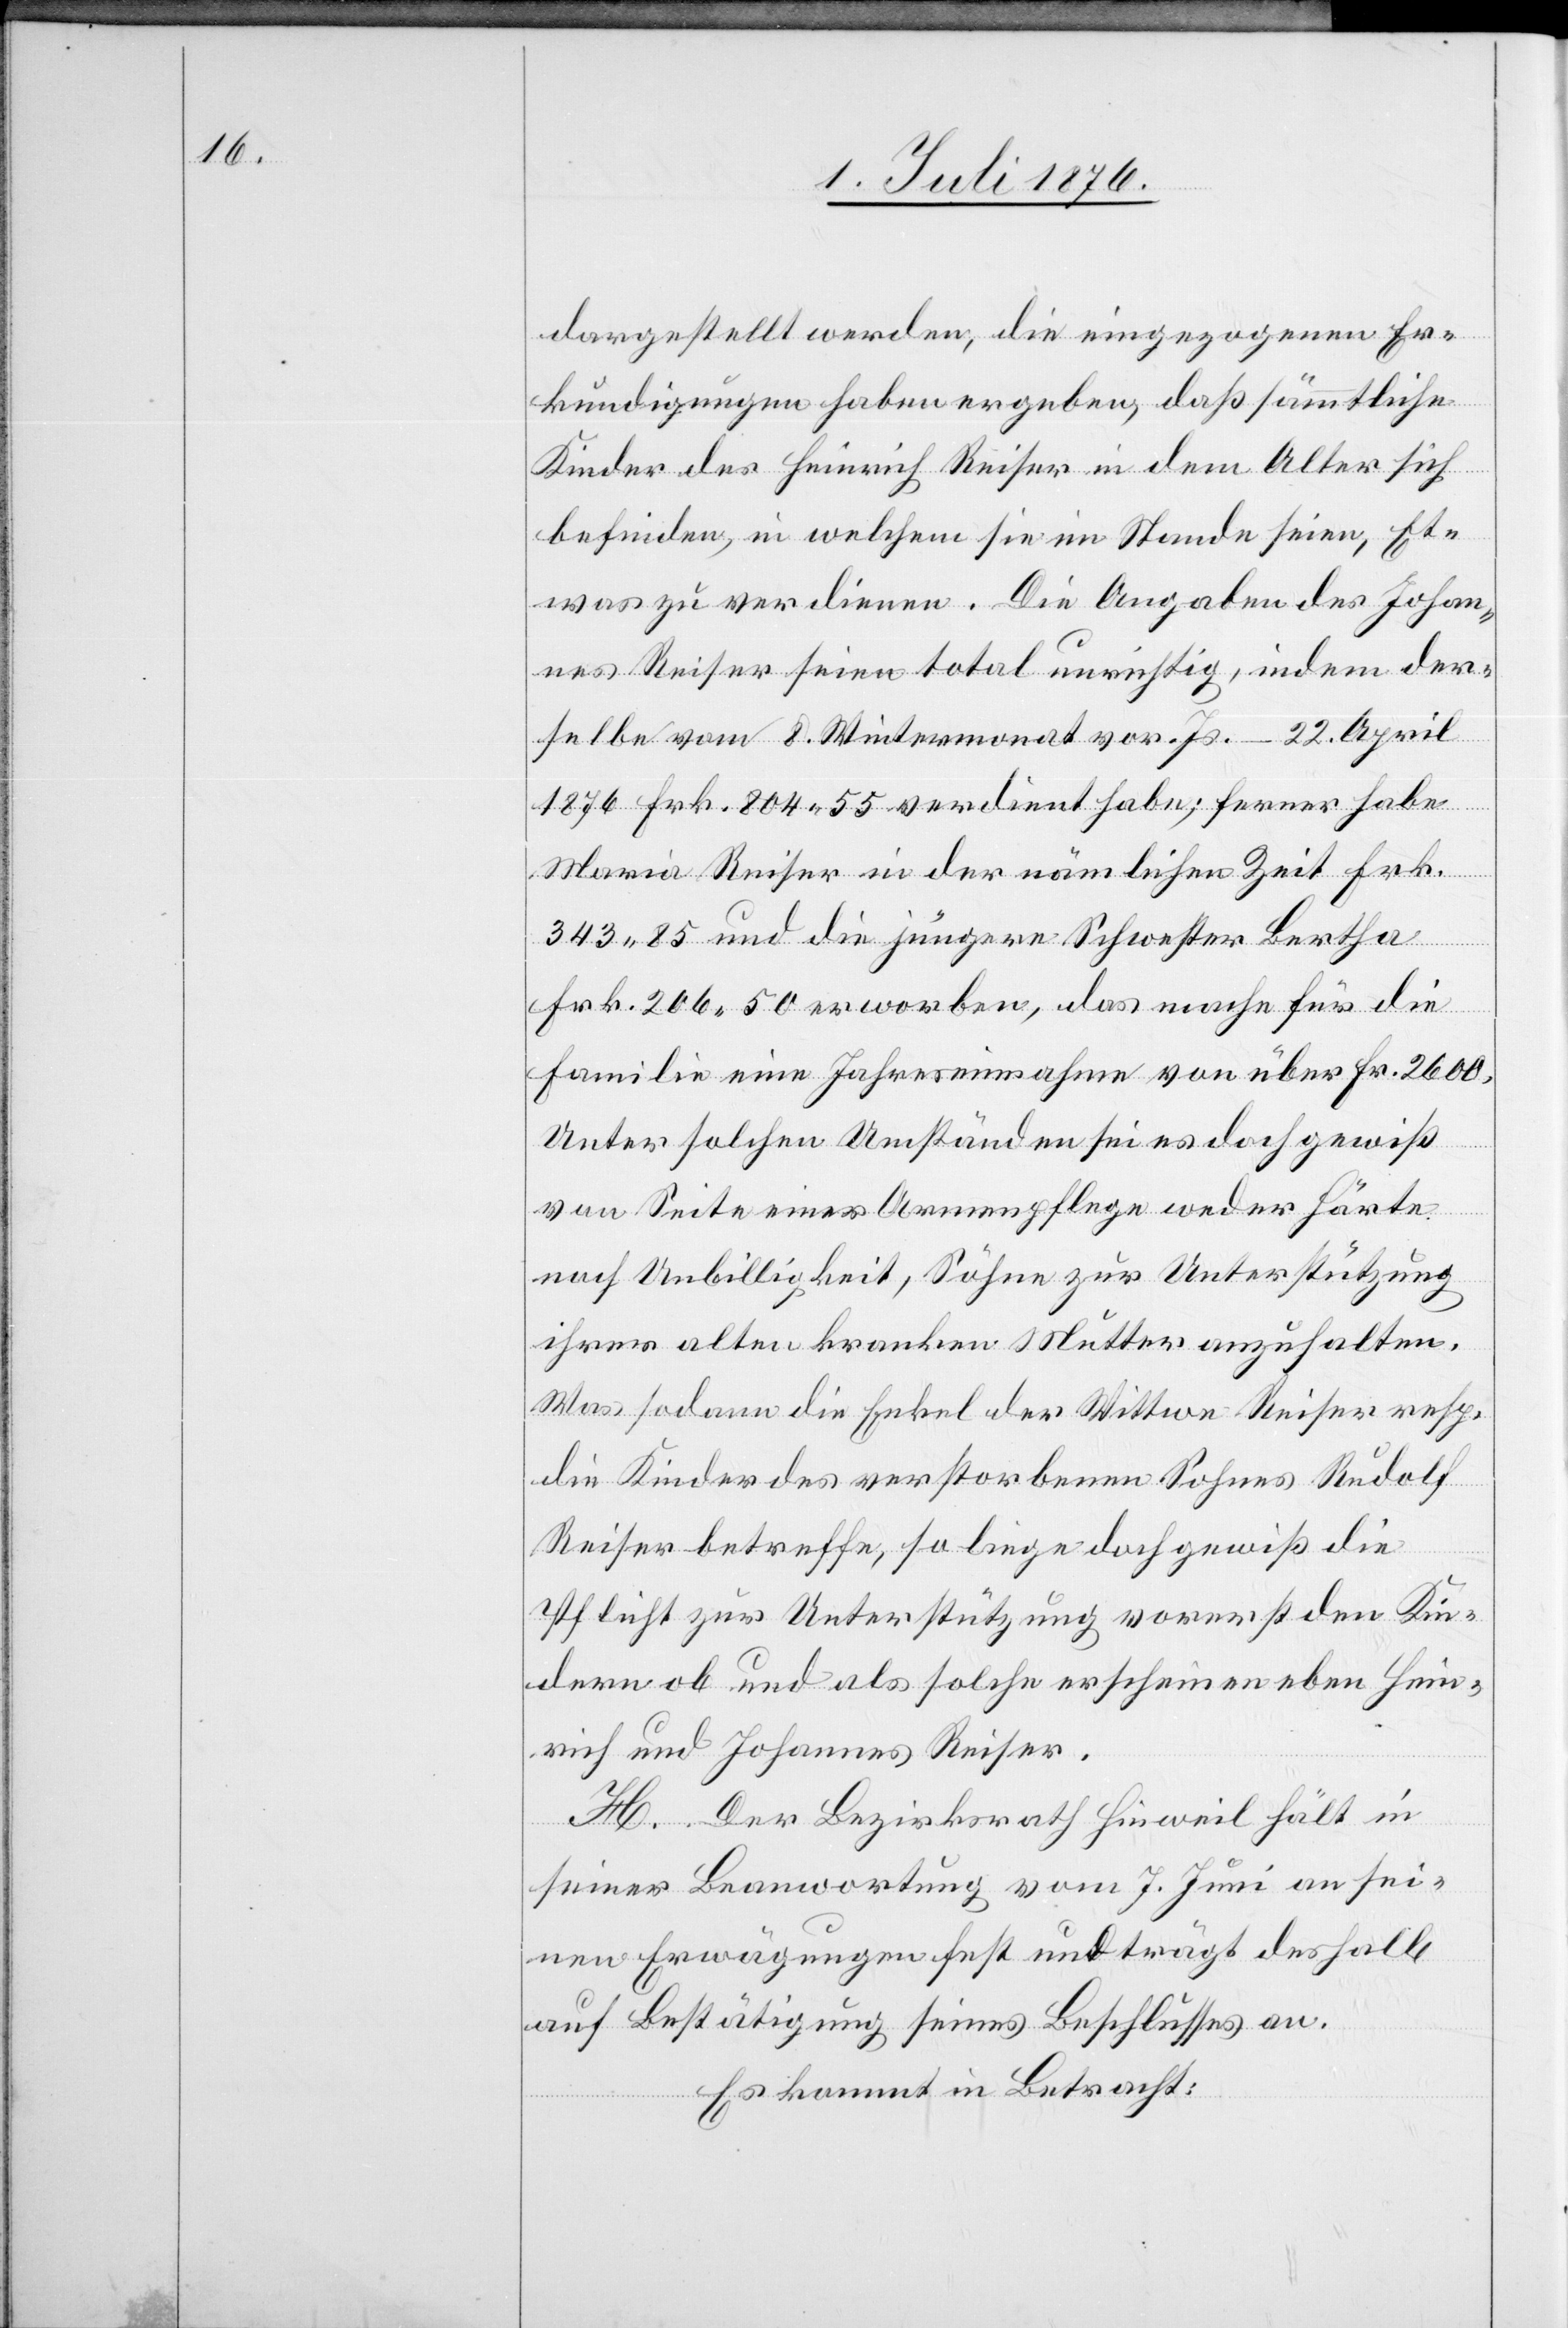
darg¬
estellt werden, die eingezogenen Er¬
kundigungen haben ergeben, das sämmtliche
Kinder des Heinrich Reiser in dem Alter sich
befinden, in welchem sie im Stande seien, Et¬
was zu verdienen. Die Angaben des Johan¬
nes Reiser seien total unrichtig, indem der¬
selbe vom 8. Wintermonat vor. Js. – 22. April
1876 Frk. 804 55 verdient habe; ferner habe
Maria Reiser in der nämlichen Zeit Frk.
323 85 und die jüngere Schwester Bertha
Frk. 206 50 erworben, das mache für die
Familie eine Jahreseinnahme von über Fr. 2600.
Unter solchen Umständen sei es doch gewiß
von Seite einer Armenpflege weder Härte
noch Unbilligkeit, Söhne zur Unterstützung
ihrer alten kranken Mutter anzuhalten.
Was sodann die Enkel der Wittwe Reiser resp.
die Kinder des verstorbenen Sohnes Rudolf
Reiser betreffe, so liege doch gewiß die
Pflicht zur Unterstützung vorerst den Kin¬
dern ob und als solche erscheinen eben Hein¬
rich und Johannes Reiser.
H. Der Bezirksrath Hinweil hält in
seiner Beantwortung vom 7. Juni an sei¬
nen Erwägungen fest und trägt deshalb
auf Bestätigung seines Beschlusses an.
Es kommt in Betracht: